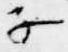
子